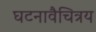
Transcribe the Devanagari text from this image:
घटनावैचित्रय